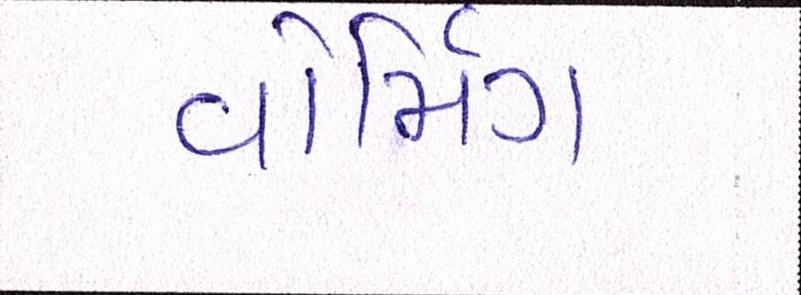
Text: વોર્મિંગ